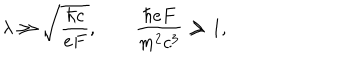
LaTeX: \lambda \gg \sqrt { \frac { \hbar c } { e F } } , \qquad \frac { \hbar e F } { m ^ { 2 } c ^ { 3 } } \gg 1 ,